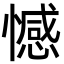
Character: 憾